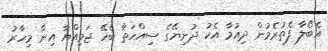
އެބޯލާ ފެތުރެމުން ދިއުމާ އެކު ދުނިޔޭގެ ސިއްހަތާ ބެހޭ ޖަމިއްޔާ އިން މިހާރު